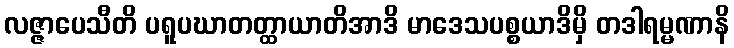
လဇ္ဇာပေသီတိ ပရူပဃာတတ္ထာယာတိအာဒိ မာဒေသပစ္စယာဒိမှိ တဒါရမ္မဏာနိ